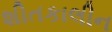
શીતકાલીન